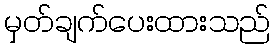
မှတ်ချက်ပေးထားသည်